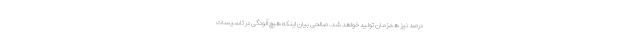
درصد نیز همزمان تولید خواهد شد. صالحی بیان اینکه هیچ آلودگی در تاسیسات